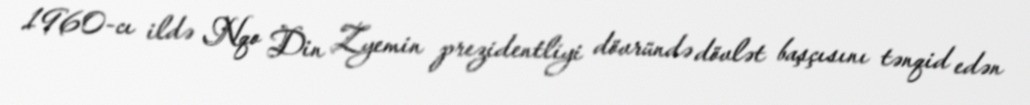
1960-cı ildə Nqo Din Zyemin prezidentliyi dövründə dövlət başçısını tənqid edən